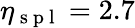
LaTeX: \eta_{\mathrm{~s~p~l~}}=2.7